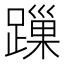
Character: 𨄓